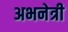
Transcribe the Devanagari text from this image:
अभनेत्री